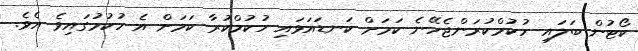
ކޯޓުން ބަލައި ހުކުމްކުރަންޖެހޭނެ ކަމަށް ކަނޑައަޅައި ހުކުމްކުރާ ކަމަށް އެ ހުކުމުގައިވެ އެވެ.